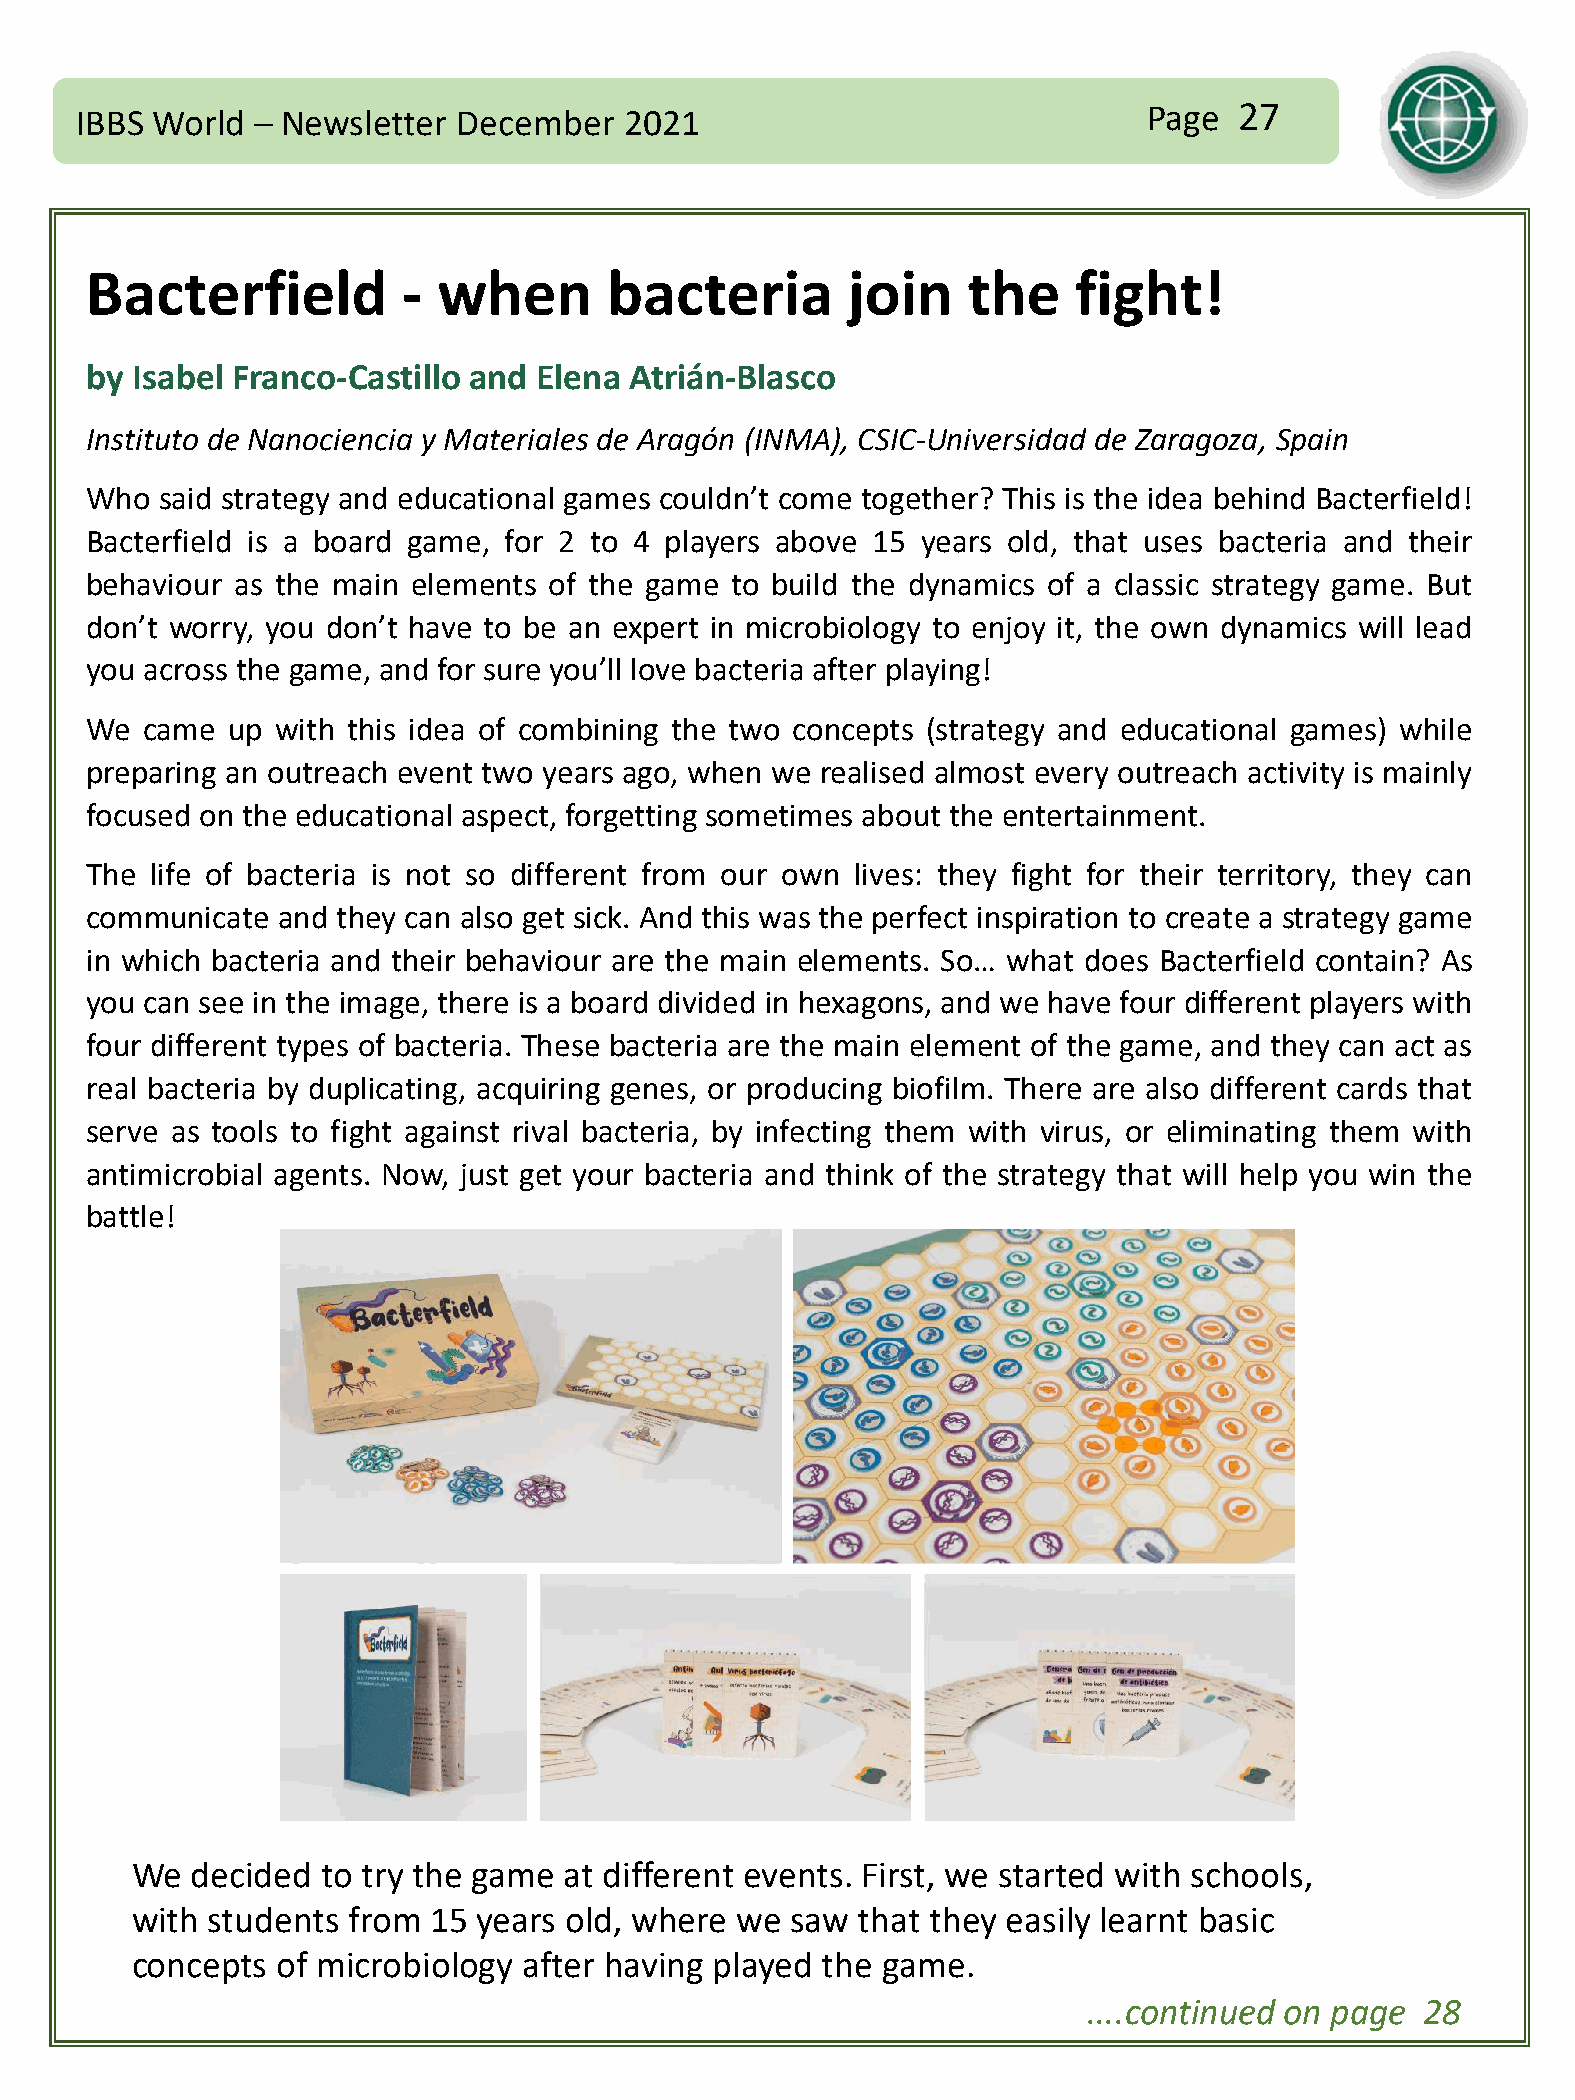
IBBS World  – Newsletter December   2021                               Page  27
 Bacterfield          - when       bacteria        join    the    fight!
 by Isabel Franco-Castillo and Elena Atrián-Blasco
 Instituto de Nanociencia y Materiales de Aragón (INMA), CSIC-Universidad de Zaragoza, Spain
 Who  said strategy and educational games couldn’t come together? This is the idea behind Bacterfield!
 Bacterfield is a board game, for 2 to 4 players above 15 years old, that uses bacteria and their
 behaviour as the main elements of the game to build the dynamics of a classic strategy game. But
 don’t worry, you don’t have to be an expert in microbiology to enjoy it, the own dynamics will lead
 you across the game, and for sure you’ll love bacteria after playing!
 We came  up with this idea of combining the two concepts (strategy and educational games) while
 preparing an outreach event two years ago, when we realised almost every outreach activity is mainly
 focused on the educational aspect, forgetting sometimes about the entertainment.
 The life of bacteria is not so different from our own lives: they fight for their territory, they can
 communicate and they can also get sick. And this was the perfect inspiration to create a strategy game
 in which bacteria and their behaviour are the main elements. So… what does Bacterfield contain? As
 you can see in the image, there is a board divided in hexagons, and we have four different players with
 four different types of bacteria. These bacteria are the main element of the game, and they can act as
 real bacteria by duplicating, acquiring genes, or producing biofilm. There are also different cards that
 serve as tools to fight against rival bacteria, by infecting them with virus, or eliminating them with
 antimicrobial agents. Now, just get your bacteria and think of the strategy that will help you win the
 battle!
 We  decided to try the game at different events. First, we started with schools,
 with students from 15  years old, where we saw  that they easily learnt basic
 concepts of microbiology  after having played the game.
 ....continued on page 28